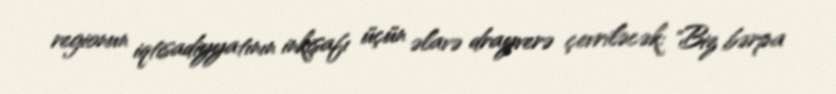
regionun iqtisadiyyatının inkişafı üçün əlavə drayverə çevriləcək: "Biz bərpa